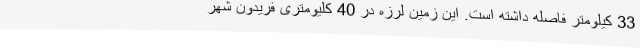
33 کیلومتر فاصله داشته است. این زمین لرزه در 40 کلیومتری فریدون شهر